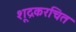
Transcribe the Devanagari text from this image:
शूद्रकरचित